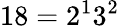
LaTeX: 18=2^{1}3^{2}